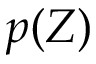
p ( Z )